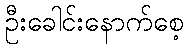
ဦးခေါင်းနောက်စေ့